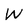
Character: W